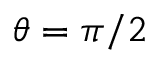
\theta = \pi / 2